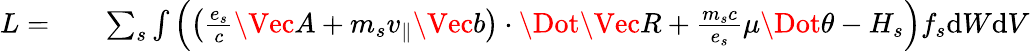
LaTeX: \begin{array}{rlr}{L=}&{{}}&{\sum_{s}\int\left(\left(\frac{e_{s}}{c}\Vec{A}+m_{s}v_{\parallel}\Vec{b}\right)\cdot\Dot{\Vec{R}}+\frac{m_{s}c}{e_{s}}\mu\Dot{\theta}-H_{s}\right)f_{s}\mathrm{d}W\mathrm{d}V}\end{array}